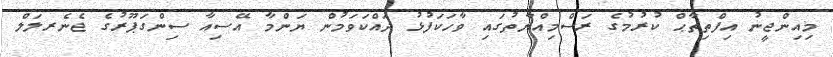
މިއިންޖީނު އިފްތިތާޙް ކުރުމުގެ ރަސްމިއްޔާތުގައި ވާހަކަފުޅު ދައްކަވަމުން ޔަންމާ އޭސިއާ ސިންގަޕޫރުގެ ޖެނެރލަލް